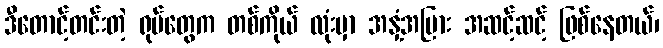
ဒီတောင့်တင်းတဲ့ ရုပ်တွေက တစ်ကိုယ် လုံးမှာ အနှံ့အပြား အဆင့်ဆင့် ဖြစ်နေတယ်၊